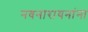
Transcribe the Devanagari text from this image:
नवनारायनांना